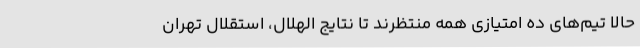
حالا تیم‌های ده امتیازی همه منتظرند تا نتایج الهلال، استقلال تهران